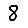
Digit: 8